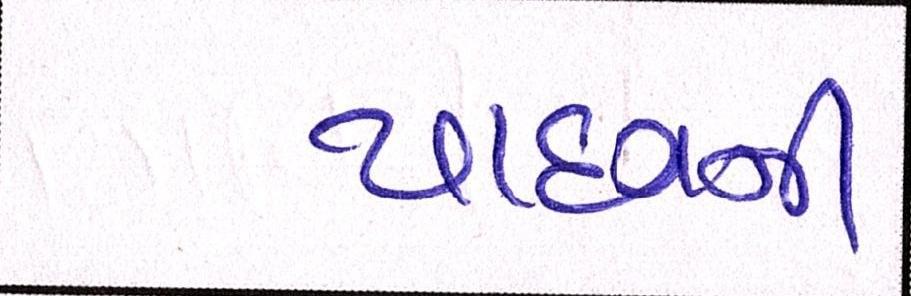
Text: યાદવની